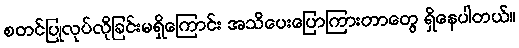
စတင်ပြုလုပ်လိုခြင်းမရှိကြောင်း အသိပေးပြောကြားတာတွေ ရှိနေပါတယ်။